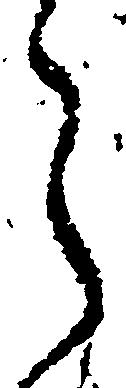
令